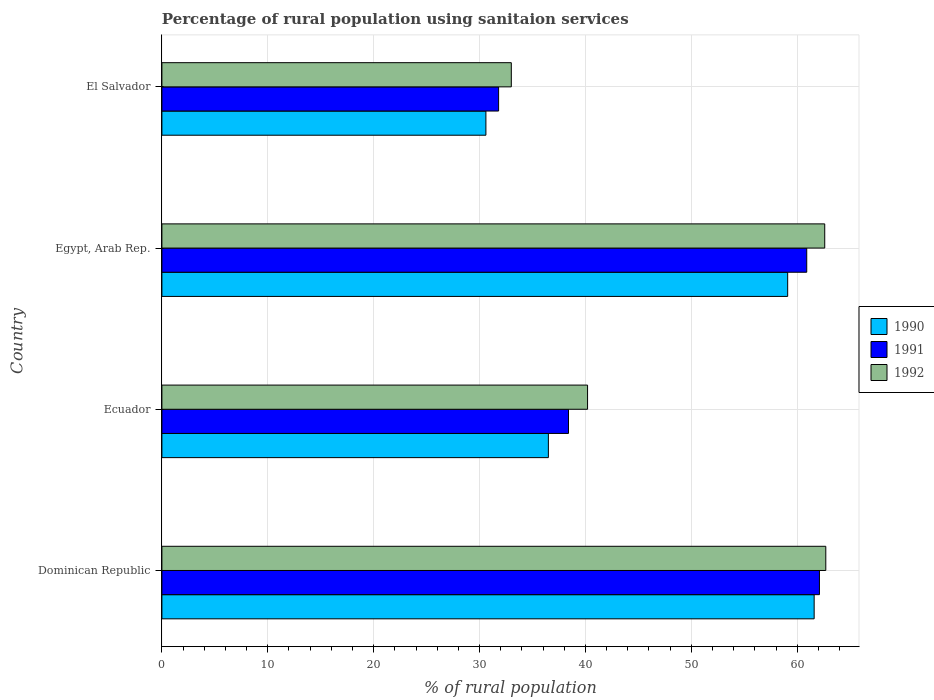
| Country | 1990 | 1991 | 1992 |
 | --- | --- | --- | --- |
 | Dominican Republic | 61.6 | 62.1 | 62.7 |
 | Ecuador | 36.5 | 38.4 | 40.2 |
 | Egypt, Arab Rep. | 59.1 | 60.9 | 62.6 |
 | El Salvador | 30.6 | 31.8 | 33 |